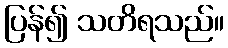
ပြန်၍ သတိရသည်။